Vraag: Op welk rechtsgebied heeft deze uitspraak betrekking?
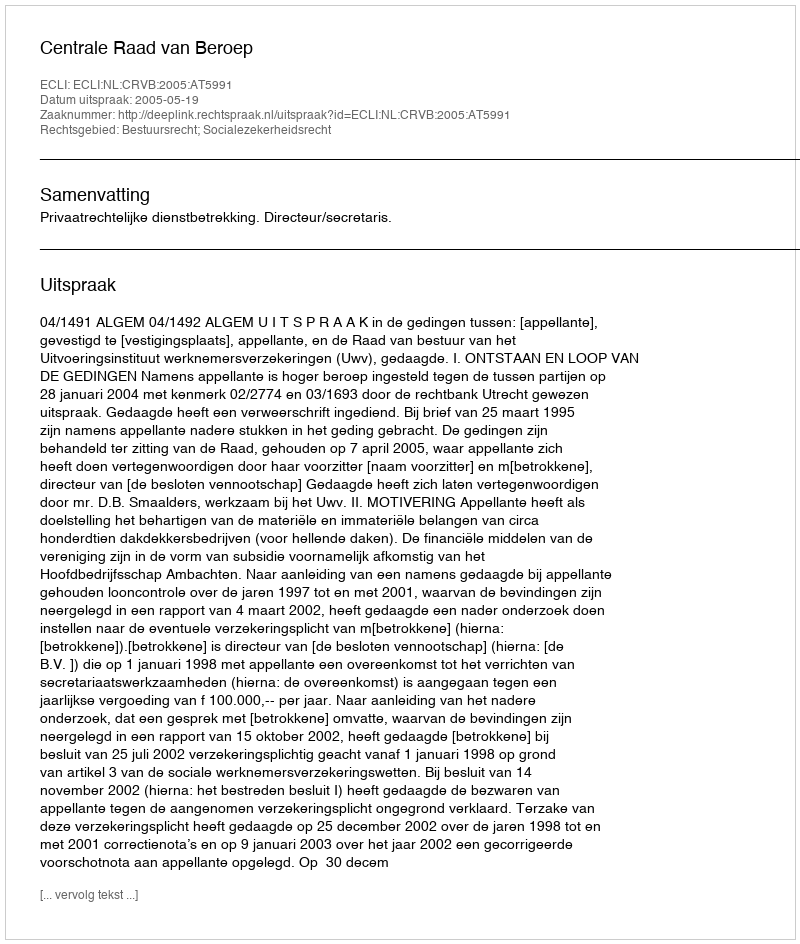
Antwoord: Bestuursrecht; Socialezekerheidsrecht